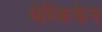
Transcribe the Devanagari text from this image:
मेस्किकेन